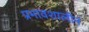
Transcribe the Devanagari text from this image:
प्रभावशालीन